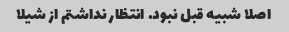
اصلا شبیه قبل نبود. انتظار نداشتم از شیلا